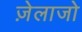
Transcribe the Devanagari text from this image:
ज़ेलाजो